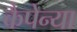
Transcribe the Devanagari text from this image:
कैपेन्या